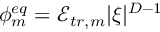
\phi _ { m } ^ { e q } = \mathcal { E } _ { t r , m } | \xi | ^ { D - 1 }